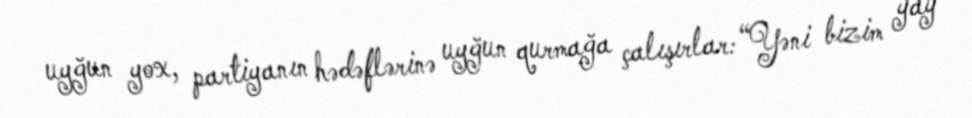
uyğun yox, partiyanın hədəflərinə uyğun qurmağa çalışırlar: “Yəni bizim yay